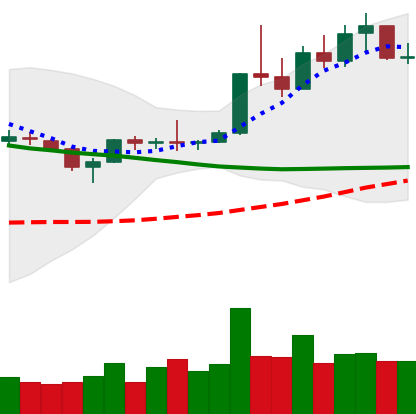
Ticker: XLM-USD
Chart end date: 2019-04-10
Forward return: -9.432%
Label: down_7plus